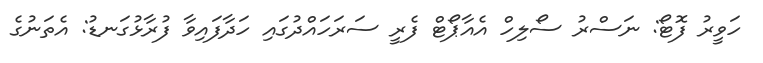
ހަވީރު ފޮޓޯ: ނަސްރު ސޯލިހް އެއާޕޯޓް ފެރީ ސަރަހައްދުގައި ހަދާފައިވާ ފުރާޅުގަނޑު: އެތަނުގެ